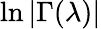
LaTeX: \ln{|\Gamma(\lambda)|}